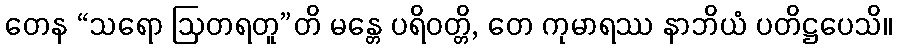
တေန “သရော ဩတရတူ”တိ မန္တေ ပရိဝတ္တိ, တေ ကုမာရဿ နာဘိယံ ပတိဋ္ဌပေသိ။